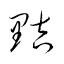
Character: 黠